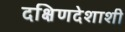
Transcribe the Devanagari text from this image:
दक्षिणदेशाशी